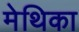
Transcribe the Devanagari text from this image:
मेथिका